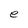
Character: e